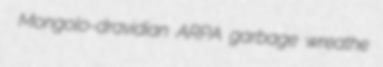
Mongolo-dravidian ARPA garbage wreathe